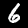
Digit: 6